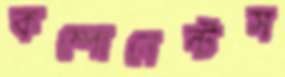
কম্পোনেন্টস